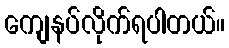
ကျေနပ်လိုက်ရပါတယ်။